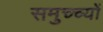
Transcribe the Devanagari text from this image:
समुच्च्यों